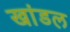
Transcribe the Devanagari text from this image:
खांडल